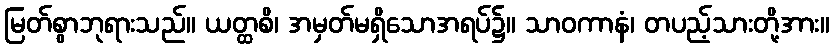
မြတ်စွာဘုရားသည်။ ယတ္ထစိ၊ အမှတ်မရှိသောအရပ်၌။ သာဝကာနံ၊ တပည့်သားတို့အား။